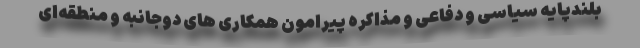
بلندپایه سیاسی و دفاعی و مذاکره پیرامون همکاری های دوجانبه و منطقه‌ای